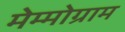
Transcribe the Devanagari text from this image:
मेम्मोग्राम